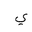
Letter: _ya